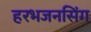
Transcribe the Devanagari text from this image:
हरभजनसिंग